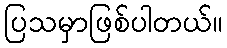
ပြသမှာဖြစ်ပါတယ်။